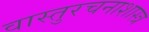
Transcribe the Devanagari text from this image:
वास्तुरचनाशास्त्र